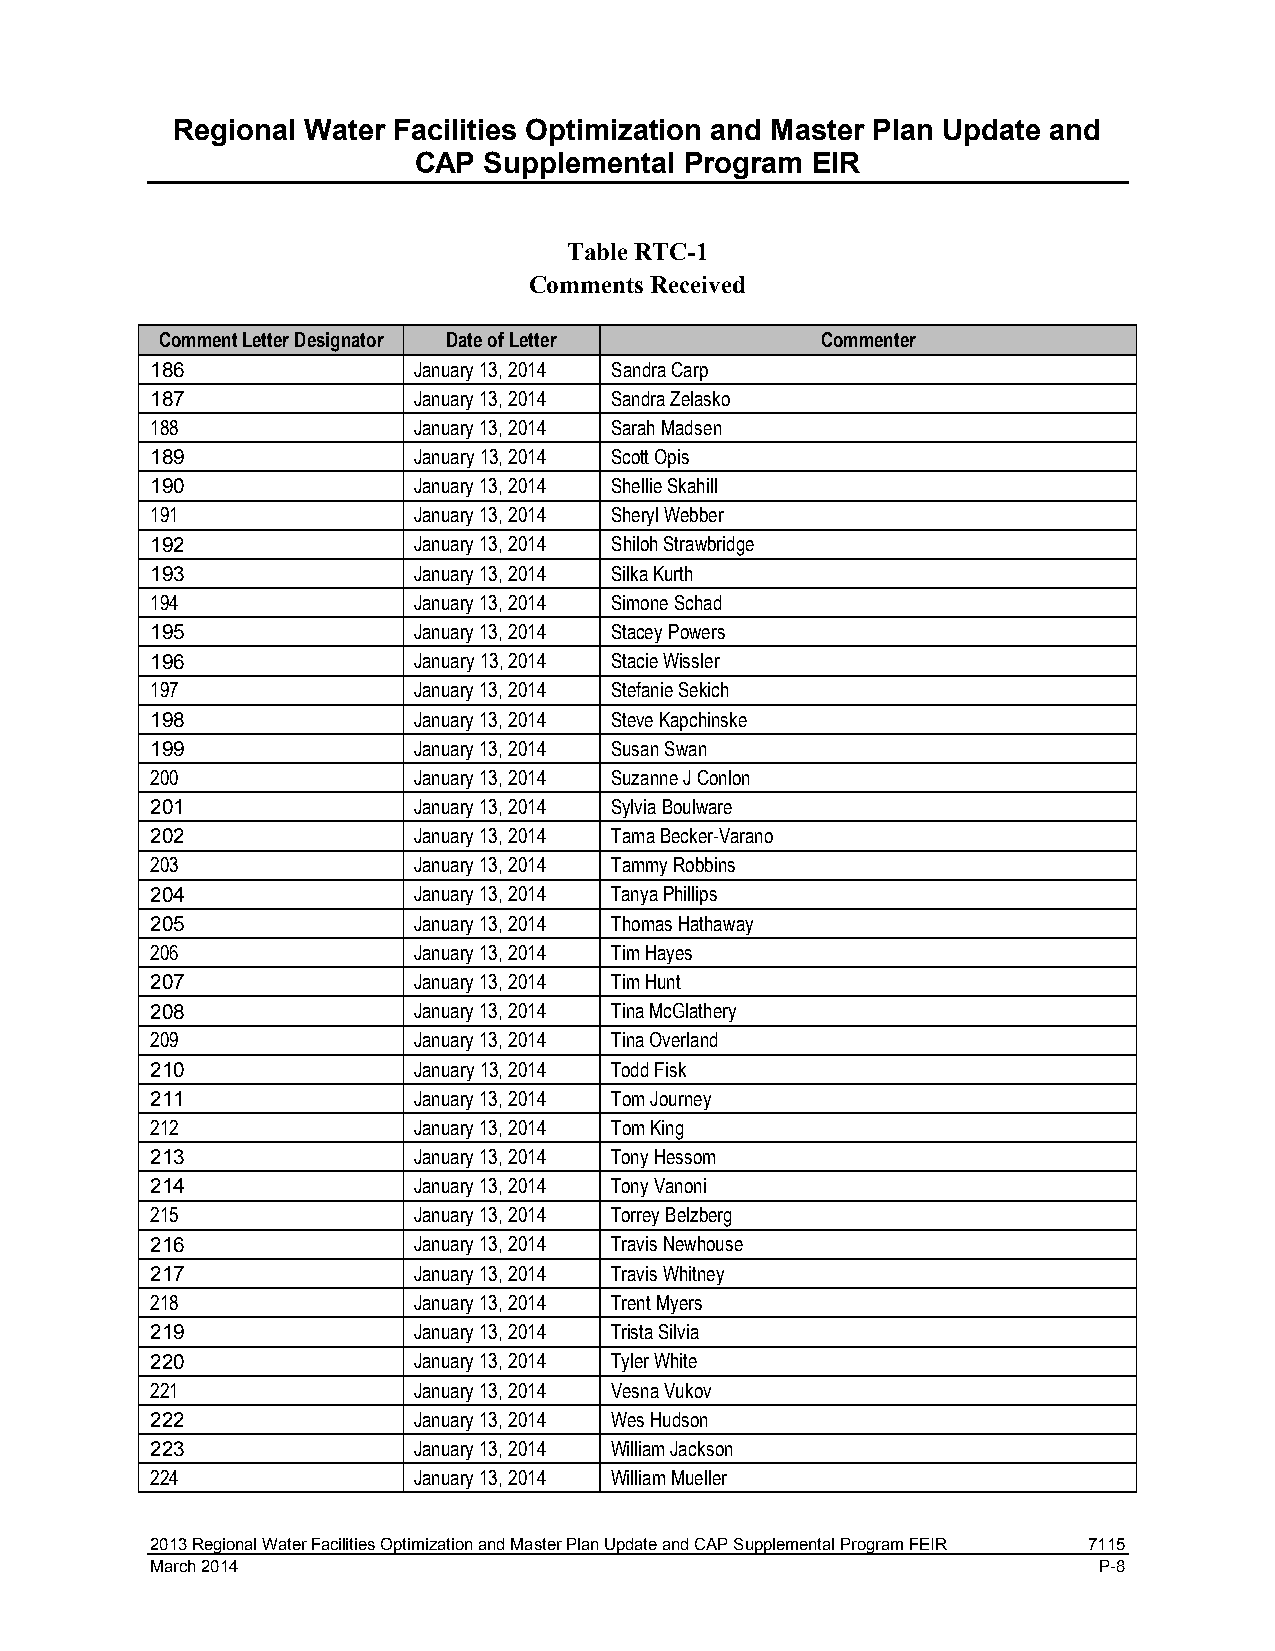
Regional Water Facilities Optimization and Master Plan Update and
 CAP  Supplemental Program  EIR
 Table RTC-1
 Comments Received
 Comment Letter Designator Date of Letter    Commenter
 186              January 13, 2014 Sandra Carp
 187              January 13, 2014 Sandra Zelasko
 188              January 13, 2014 Sarah Madsen
 189              January 13, 2014 Scott Opis
 190              January 13, 2014 Shellie Skahill
 191              January 13, 2014 Sheryl Webber
 192              January 13, 2014 Shiloh Strawbridge
 193              January 13, 2014 Silka Kurth
 194              January 13, 2014 Simone Schad
 195              January 13, 2014 Stacey Powers
 196              January 13, 2014 Stacie Wissler
 197              January 13, 2014 Stefanie Sekich
 198              January 13, 2014 Steve Kapchinske
 199              January 13, 2014 Susan Swan
 200              January 13, 2014 Suzanne J Conlon
 201              January 13, 2014 Sylvia Boulware
 202              January 13, 2014 Tama Becker-Varano
 203              January 13, 2014 Tammy Robbins
 204              January 13, 2014 Tanya Phillips
 205              January 13, 2014 Thomas Hathaway
 206              January 13, 2014 Tim Hayes
 207              January 13, 2014 Tim Hunt
 208              January 13, 2014 Tina McGlathery
 209              January 13, 2014 Tina Overland
 210              January 13, 2014 Todd Fisk
 211              January 13, 2014 Tom Journey
 212              January 13, 2014 Tom King
 213              January 13, 2014 Tony Hessom
 214              January 13, 2014 Tony Vanoni
 215              January 13, 2014 Torrey Belzberg
 216              January 13, 2014 Travis Newhouse
 217              January 13, 2014 Travis Whitney
 218              January 13, 2014 Trent Myers
 219              January 13, 2014 Trista Silvia
 220              January 13, 2014 Tyler White
 221              January 13, 2014 Vesna Vukov
 222              January 13, 2014 Wes Hudson
 223              January 13, 2014 William Jackson
 224              January 13, 2014 William Mueller
 2013 Regional Water Facilities Optimization and Master Plan Update and CAP Supplemental Program FEIR 7115
 March 2014                                                     P-8